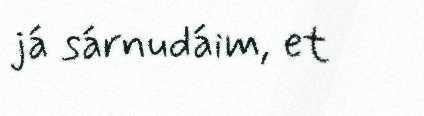
já sárnudáim, et